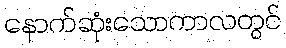
နောက်ဆုံးသောကာလတွင်